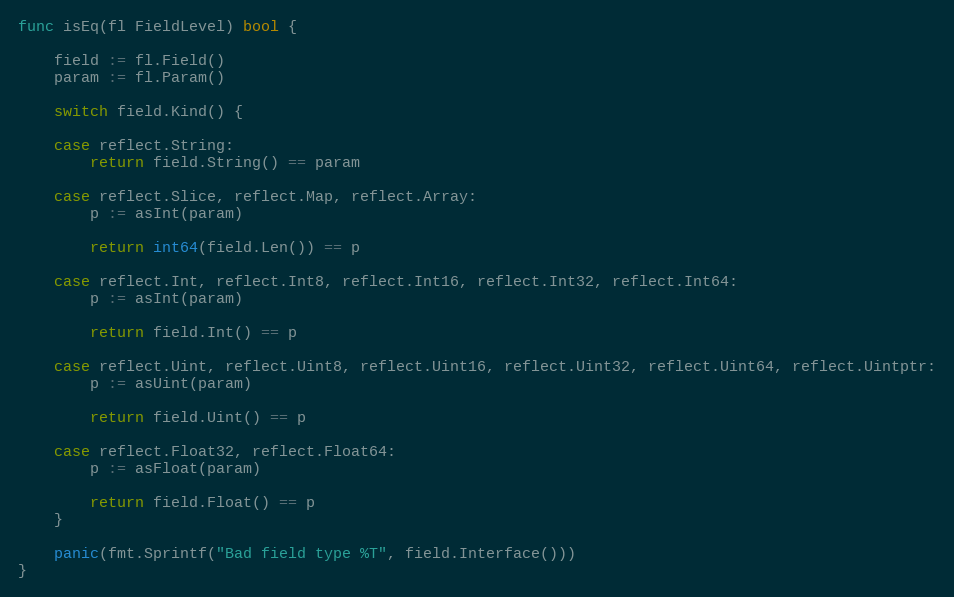
Language: Go
func isEq(fl FieldLevel) bool {

	field := fl.Field()
	param := fl.Param()

	switch field.Kind() {

	case reflect.String:
		return field.String() == param

	case reflect.Slice, reflect.Map, reflect.Array:
		p := asInt(param)

		return int64(field.Len()) == p

	case reflect.Int, reflect.Int8, reflect.Int16, reflect.Int32, reflect.Int64:
		p := asInt(param)

		return field.Int() == p

	case reflect.Uint, reflect.Uint8, reflect.Uint16, reflect.Uint32, reflect.Uint64, reflect.Uintptr:
		p := asUint(param)

		return field.Uint() == p

	case reflect.Float32, reflect.Float64:
		p := asFloat(param)

		return field.Float() == p
	}

	panic(fmt.Sprintf("Bad field type %T", field.Interface()))
}